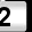
Digit: 2